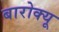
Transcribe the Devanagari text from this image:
बारोक्यू